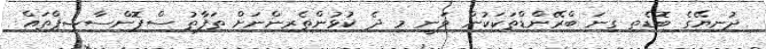
ދުނިޔޭގެ ބޮޑެތި ގިނަ ބްރޭންޑްތަކަކުން ވަނީ މި ދެ ކުޅުންތެރިންނަށް ތަފާތު ސްޕޮންސާޝިޕްތައް